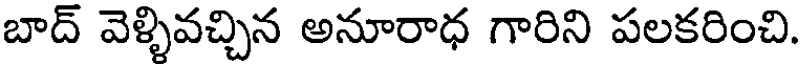
బాద్ వెళ్ళివచ్చిన అనూరాధ గారిని పలకరించి.